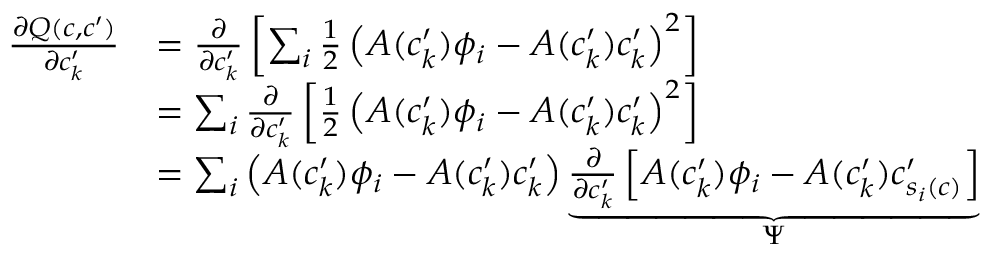
\begin{array} { r l } { \frac { \partial Q ( c , c ^ { \prime } ) } { \partial c _ { k } ^ { \prime } } } & { = \frac { \partial } { \partial c _ { k } ^ { \prime } } \left[ \sum _ { i } \frac { 1 } { 2 } \left( A ( c _ { k } ^ { \prime } ) \phi _ { i } - A ( c _ { k } ^ { \prime } ) c _ { k } ^ { \prime } \right) ^ { 2 } \right] } \\ & { = \sum _ { i } \frac { \partial } { \partial c _ { k } ^ { \prime } } \left[ \frac { 1 } { 2 } \left( A ( c _ { k } ^ { \prime } ) \phi _ { i } - A ( c _ { k } ^ { \prime } ) c _ { k } ^ { \prime } \right) ^ { 2 } \right] } \\ & { = \sum _ { i } \left( A ( c _ { k } ^ { \prime } ) \phi _ { i } - A ( c _ { k } ^ { \prime } ) c _ { k } ^ { \prime } \right) \underbrace { \frac { \partial } { \partial c _ { k } ^ { \prime } } \left[ A ( c _ { k } ^ { \prime } ) \phi _ { i } - A ( c _ { k } ^ { \prime } ) c _ { s _ { i } ( c ) } ^ { \prime } \right] } _ { \Psi } } \end{array}